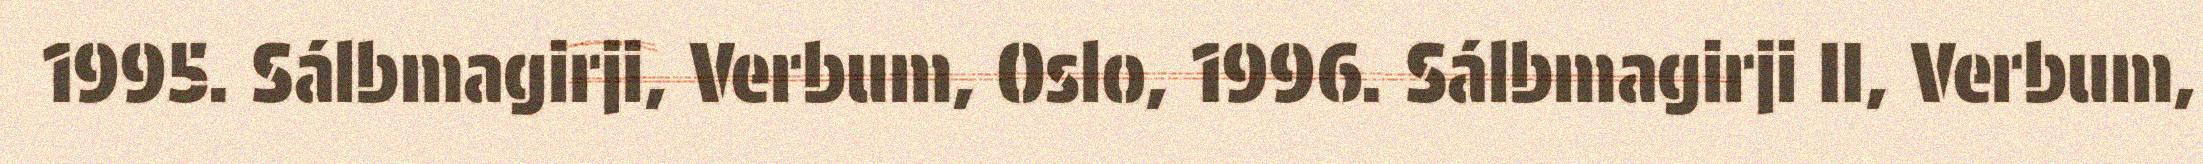
1995. Sálbmagirji, Verbum, Oslo, 1996. Sálbmagirji II, Verbum,